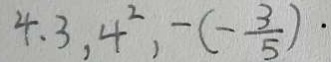
4 . 3 , 4 ^ { 2 } , - ( - \frac { 3 } { 5 } ) .